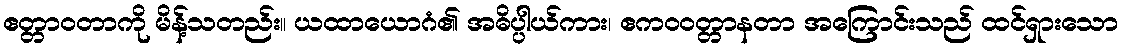
ဧတ္တာဝတာကို မိန့်သတည်း။ ယထာယောဂံ၏ အဓိပ္ပါယ်ကား၊ ဧကဝဝတ္တာနတာ အကြောင်းသည် ထင်ရှားသော